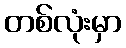
တစ်လုံးမှာ